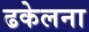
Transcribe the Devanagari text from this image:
ढकेलना